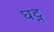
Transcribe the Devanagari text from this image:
घट्न